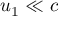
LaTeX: u _ { 1 } \ll c